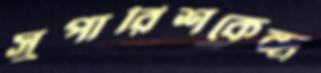
সুপারিশকেন্দ্র